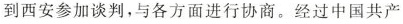
到西安参加谈判，与各方面进行协商。经过中国共产